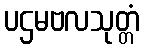
ပဌမဗလသုတ္တံ